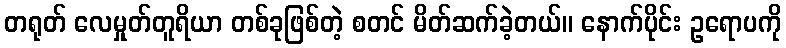
တရုတ် လေမှုတ်တူရိယာ တစ်ခုဖြစ်တဲ့ စတင် မိတ်ဆက်ခဲ့တယ်။ နောက်ပိုင်း ဥရောပကို